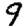
Digit: 9